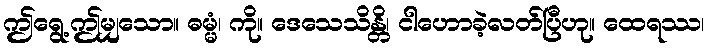
ဤရွေ့ဤမျှသော။ ဓမ္မံ၊ ကို။ ဒေသေသိန္တိ၊ ငါဟောခဲ့လတ်ပြီဟု။ ထေရဿ၊